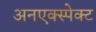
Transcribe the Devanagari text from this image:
अनएक्स्पेक्ट